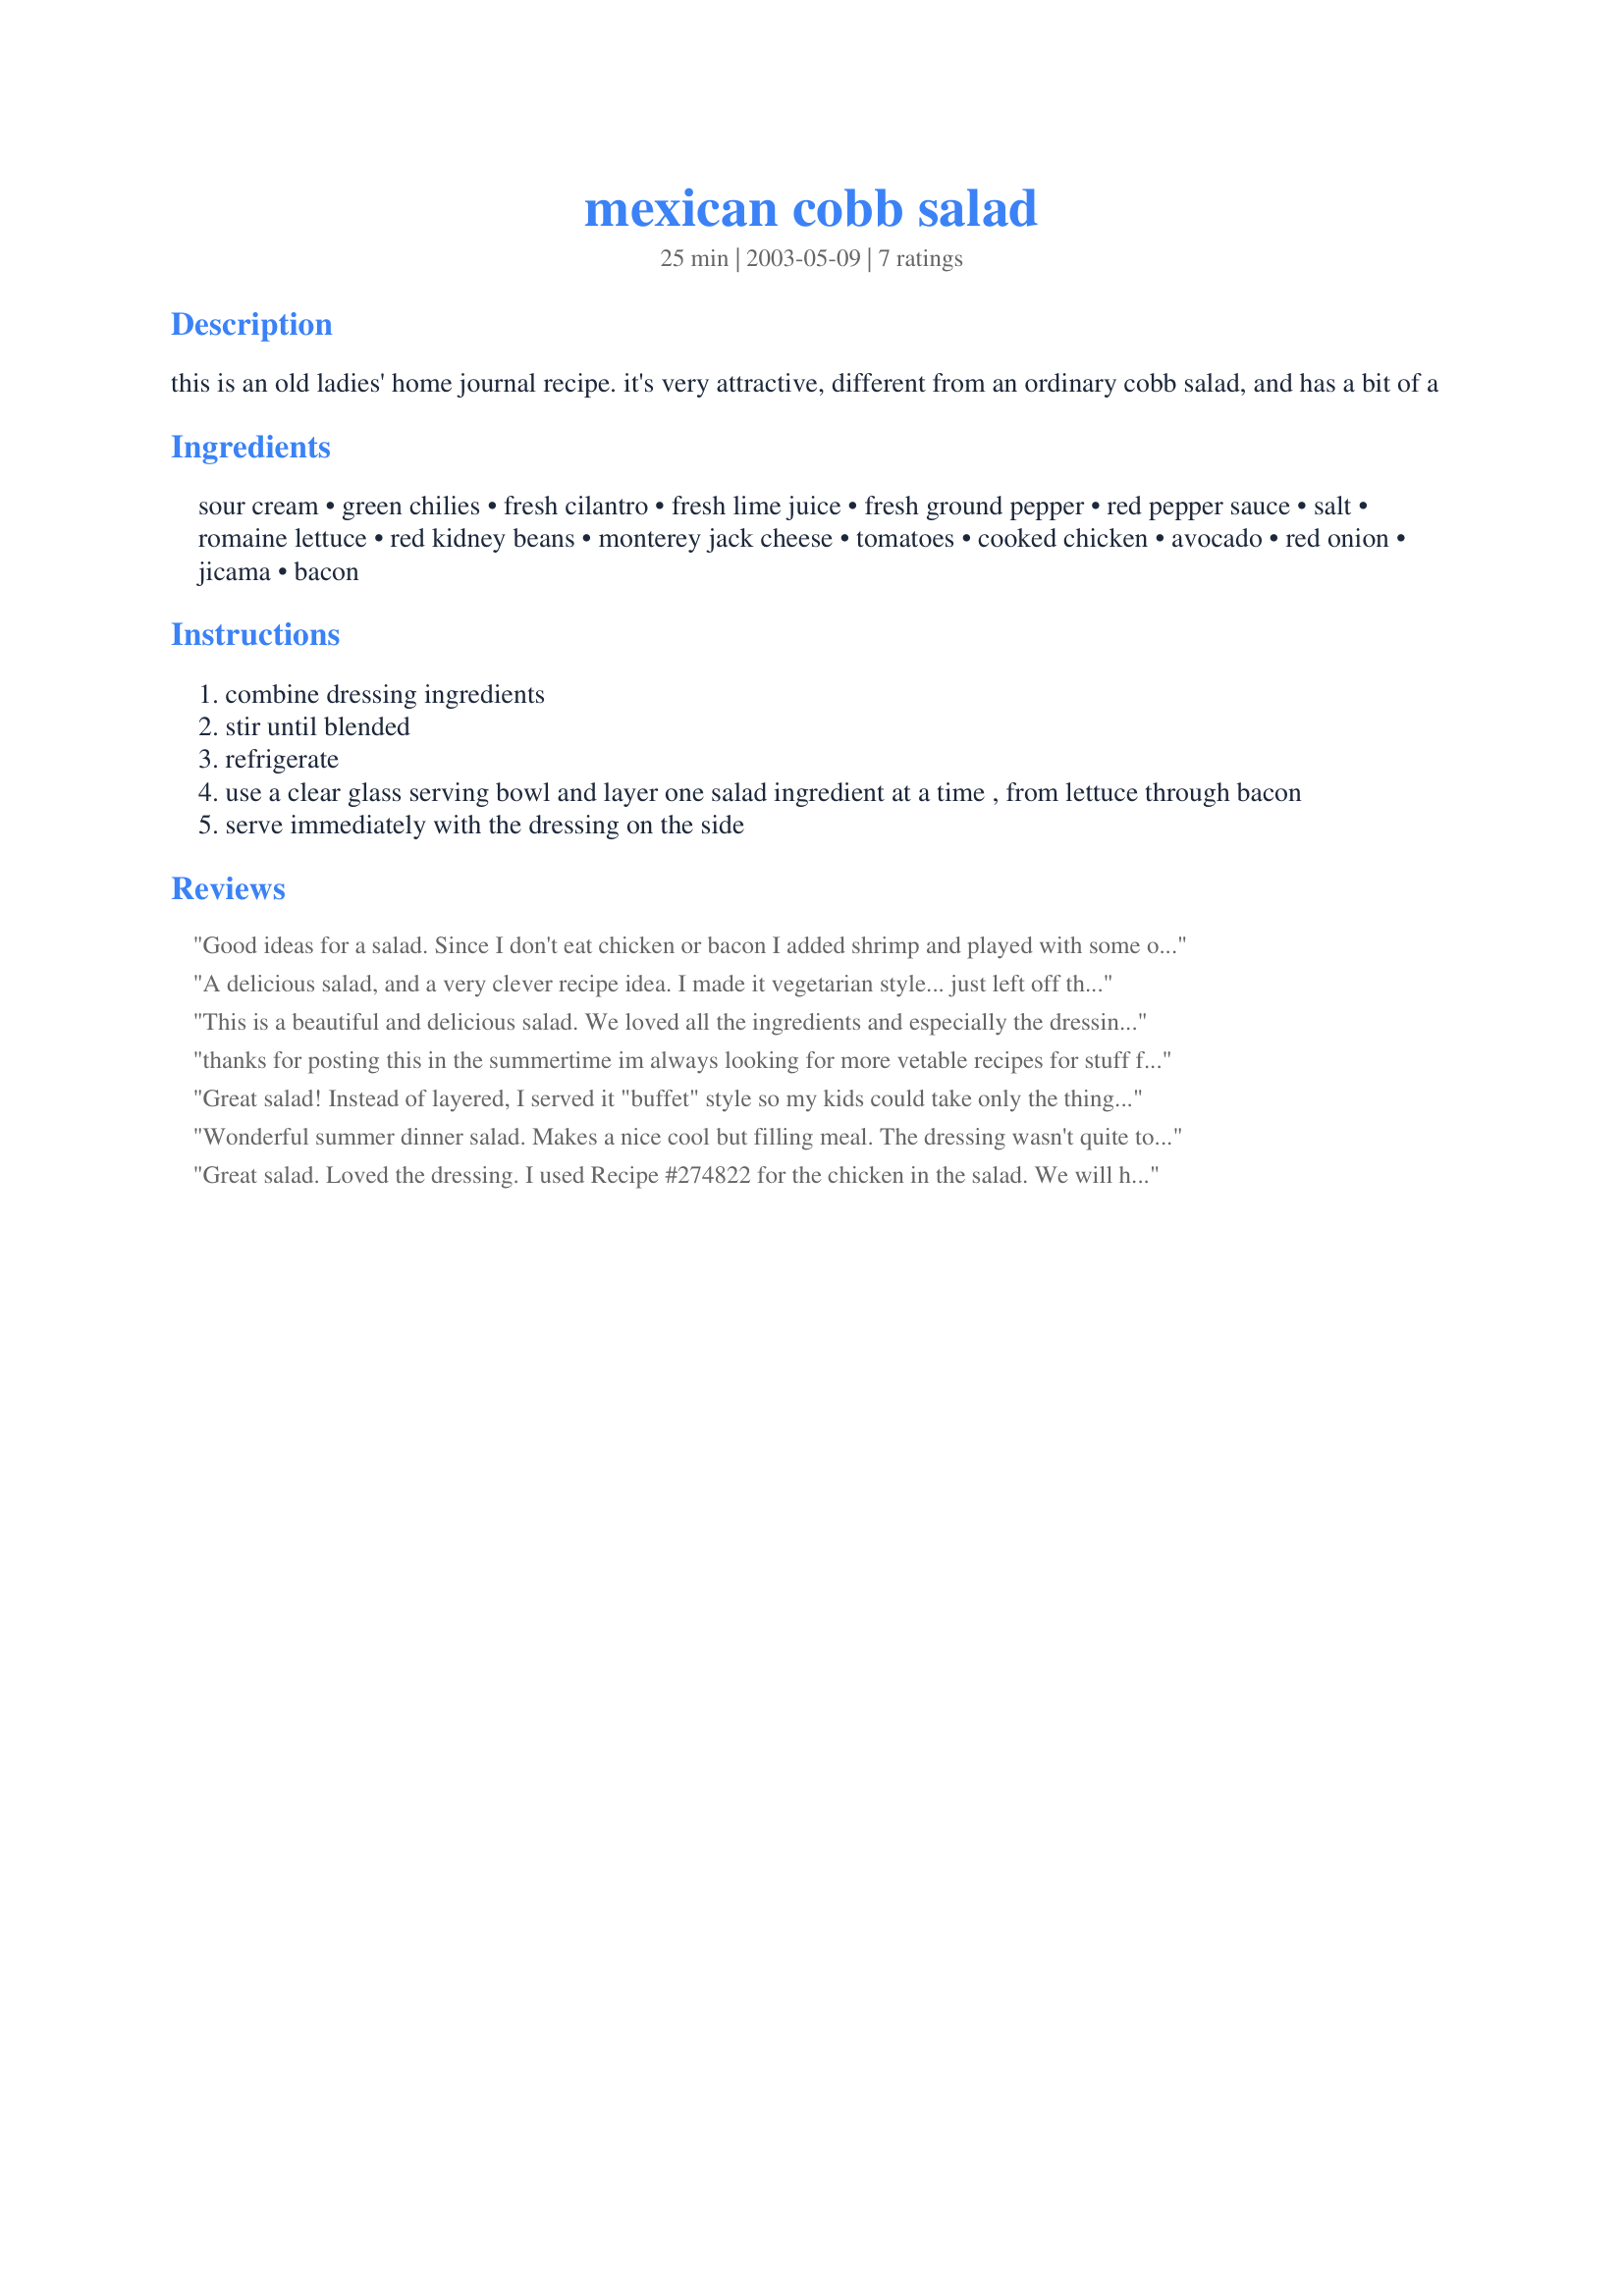
mexican cobb salad
Preparation time: 25 minutes

this is an old ladies' home journal recipe. it's very attractive, different from an ordinary cobb salad, and has a bit of a

Ingredients:
sour cream, green chilies, fresh cilantro, fresh lime juice, fresh ground pepper, red pepper sauce, salt, romaine lettuce, red kidney beans, monterey jack cheese, tomatoes, cooked chicken, avocado, red onion, jicama, bacon

Steps:
combine dressing ingredients
stir until blended
refrigerate
use a clear glass serving bowl and layer one salad ingredient at a time , from lettuce through bacon
serve immediately with the dressing on the side

Reviews:
Good ideas for a salad. Since I don't eat chicken or bacon I added shrimp and played with some of the other ingredients as well. Overall good inspiration for things to include in a Mexican cobb.
A delicious salad, and a very clever recipe idea. I made it vegetarian style... just left off the meat and added some corn, freshly cut off the cobb so that the kernals were still stuck together in little rows. Baby corn would also be nice for a vegetarian version. I'll definately make this again.
This is a beautiful and delicious salad. We loved all the ingredients and especially the dressing. Made for Iron Chef Game.
 thanks for posting this in the summertime im always looking for more vetable recipes for stuff from the garden you have a good site people shoud check you out dee
Great salad! Instead of layered, I served it "buffet" style so my kids could take only the things they liked and DH and I could load up on the things that they don't like! I think I will thin the dressing a little next time but other than that...great salad.
Wonderful summer dinner salad. Makes a nice cool but filling meal. The dressing wasn't quite to our tastes so I added some tabasco and a bit of ranch dressing with it. It spiced it up nicely. Will definately make this again. Thanks!
Great salad. Loved the dressing. I used Recipe #274822 for the chicken in the salad. We will have this again soon.
